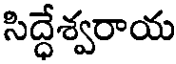
సిద్ధేశ్వరాయ